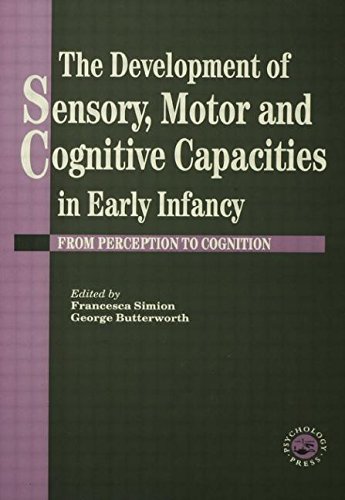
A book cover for The Development Of Sensory, Motor And Cognitive Capacities In Early Infancy: From Sensation To Cognition; Butterworth University of Sussex.; Business & Money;